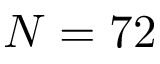
N = 7 2